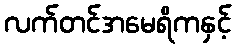
လက်တင်အမေရိကနှင့်